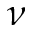
\nu